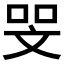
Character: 𠳵